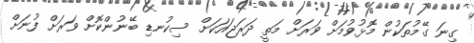
ގިނަ ގޭމުތަކުން މޮޅުވުމަށް ވަރަށް މަތީ ދަރަޖައަކަށް ސިކުނޑި ބޭނުންކޮށް ވަރަށް ފުނަށް